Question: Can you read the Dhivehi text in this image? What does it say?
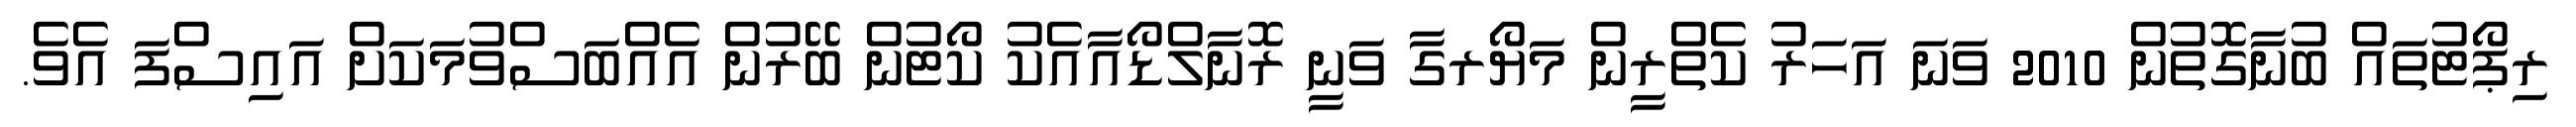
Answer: ރިޕޯޓުތައް ބުނާގޮތުން 2010 ވަނަ އަހަރު ކެތްރީން މަޔޯރގާ ވަނީ ރޮނާލްޑޯއާއެކު ކޯޓުން ބޭރުން އެއްބަސްވުމަކަށް އައިސްފަ އެވެ.